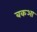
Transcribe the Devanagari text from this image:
बकआ